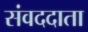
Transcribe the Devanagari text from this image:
संवददाता